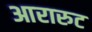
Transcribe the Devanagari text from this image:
आरारुट